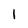
Character: 1